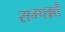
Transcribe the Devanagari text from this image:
सम्पन्नौ